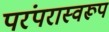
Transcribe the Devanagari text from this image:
परंपरास्वरूप